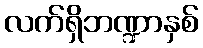
လက်ရှိဘဏ္ဍာနှစ်